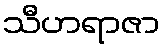
သီဟရာဇာ